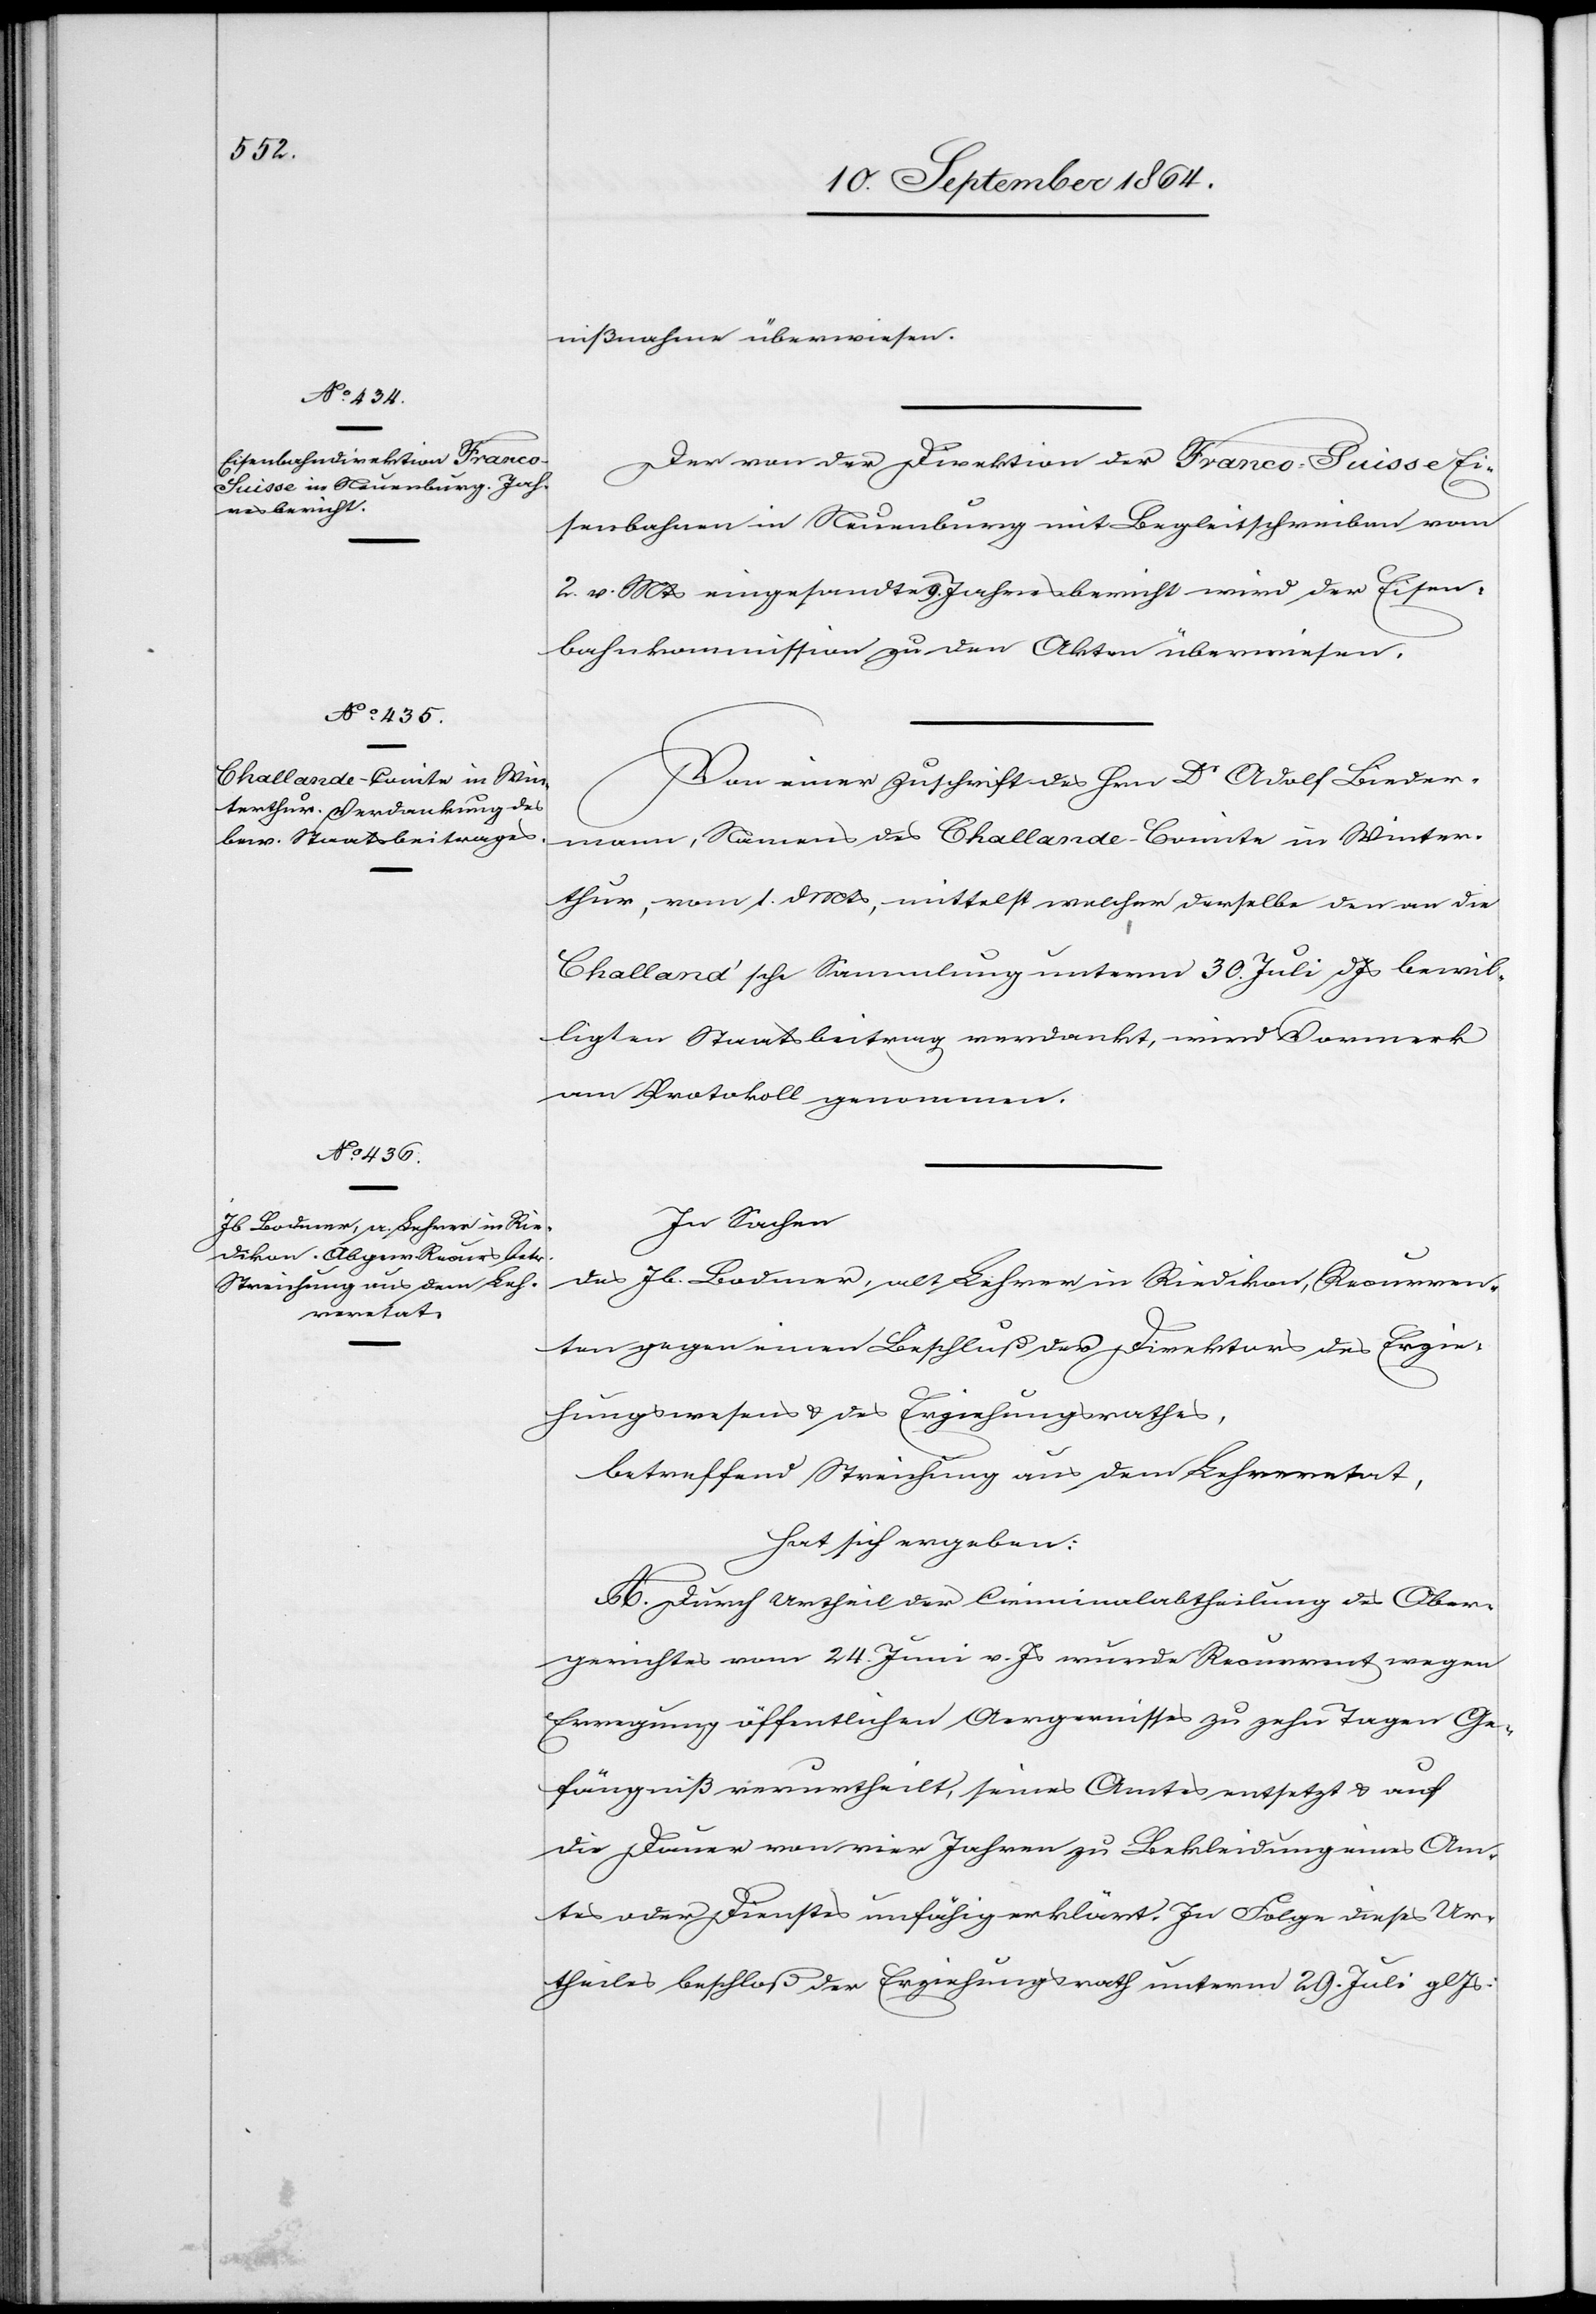
nißnahme überwiesen.
Der von der Direktion der Franco-Suisse Ei¬
senbahnen in Neuenburg mit Begleitschreiben vom
2. v. Mts eingesandte Jahresbericht wird der Eisen¬
bahnkommission zu den Akten überwiesen.
Von einer Zuschrift des Hrn Dr Adolf Bieder¬
mann, Namens des Challande-Comite in Winter¬
thur, vom 1. d. Mts, mittelst welcher derselbe den an die
Challand’sche Sammlung unterm 30. Juli d. Js bewil¬
ligten Staatsbeitrag verdankt, wird Vormerk
am Protokoll genommen.
In Sachen
des
Jb. Bodmer, alt Lehrer in Riedikon, Recurren¬
ten gegen einen Beschluß der Direktion des Erzie¬
hungswesens & des Erziehungsrathes,
betreffend Streichung aus dem Lehreretat,
hat sich ergeben:
A. Durch Urtheil der Civilabtheilung des Ober¬
gerichtes vom 24. Juni v. Js wurde Recurrent wegen
Erregung öffentlichen Aergernisses zu zehn Tagen Ge¬
fängniß verurtheilt, seines Amtes entsetzt & auf
die Dauer von vier Jahren zu Bekleidung eines Am¬
tes oder Dienstes unfähig erklärt. In Folge dieses Ur¬
theiles beschloß der Erziehungsrath unterm 29. Juli gl. Js: